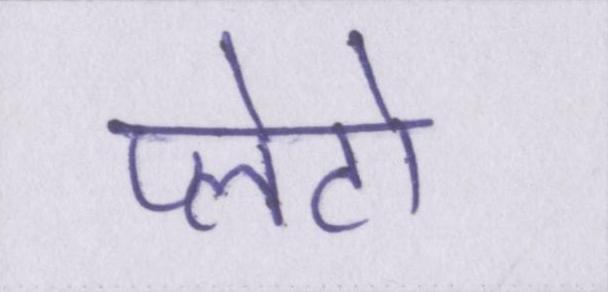
प्लेटो